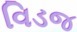
વિડજ